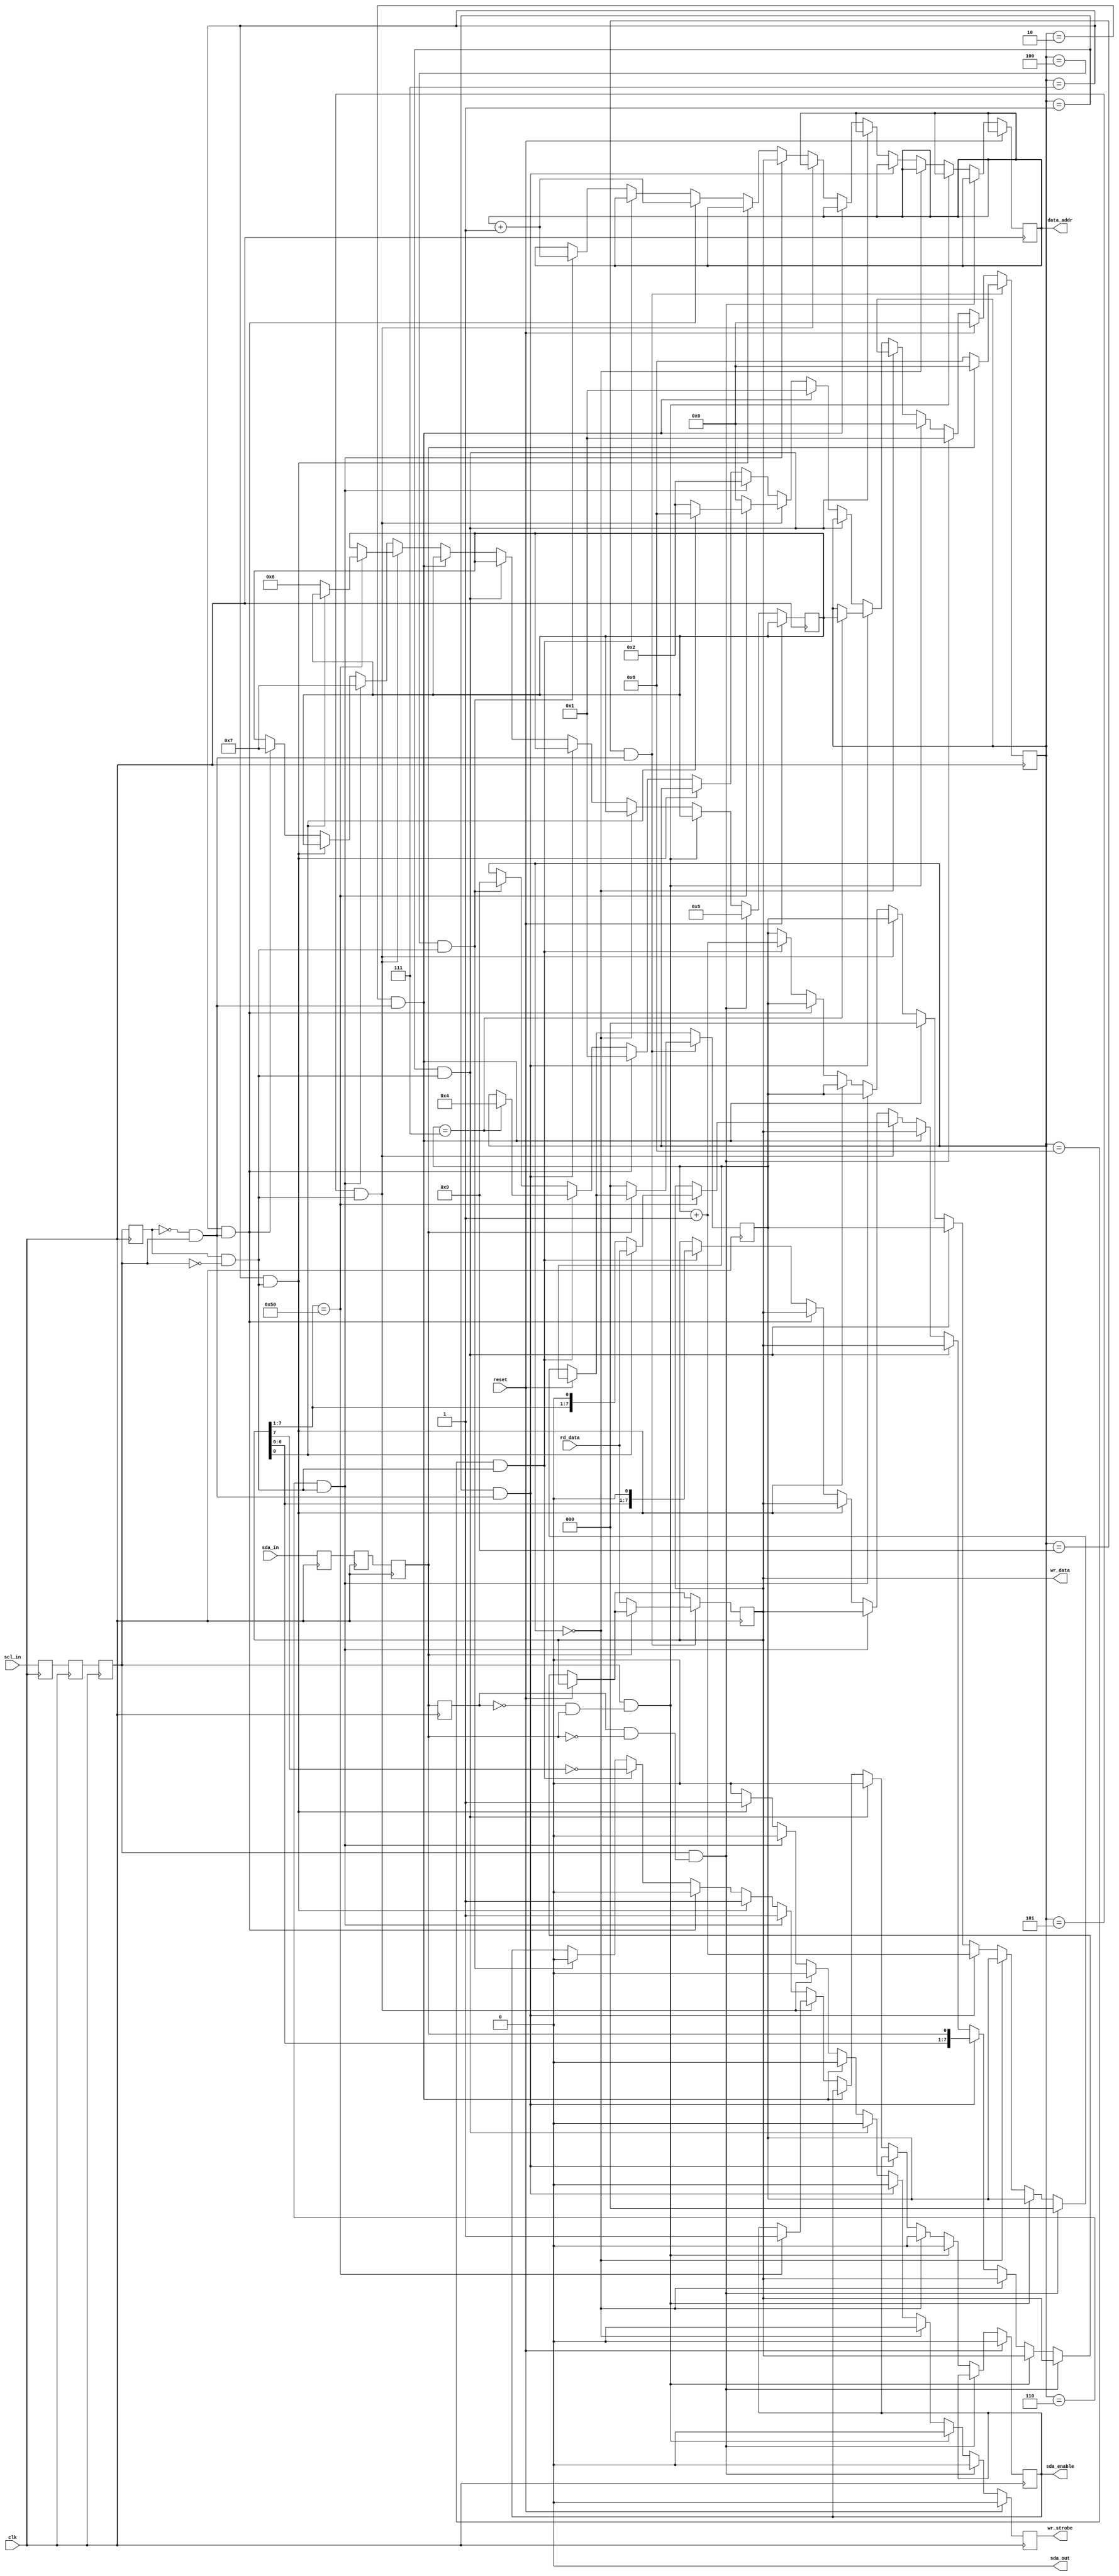
module i2c_device(
	input clk,
	input reset,
	input scl_in,
	input sda_in,
	output sda_out,
	output sda_enable,

	// register interface for reads and writes
	output [7:0] data_addr,
	input [7:0] rd_data,
	output [7:0] wr_data,
	output wr_strobe
);
	parameter DEVICE_ADDR = 7'h50;

	parameter IDLE = 0;
	parameter SHIFT_IN = 1;
	parameter SHIFT_IN_ACK = 2;
	parameter SHIFT_OUT = 3;
	parameter SHIFT_OUT_ACK = 4;
	parameter ADDR_ACK = 5;
	parameter WRITE_ADDR = 6;
	parameter WRITE_DATA = 7;
	parameter READ_DATA = 8;
	parameter READ_ACK = 9;

	reg [3:0] state = IDLE;
	reg [3:0] next_state = IDLE;

	reg sda, sda0, sda1;
	reg scl, scl0, scl1;
	reg last_sda, last_scl;
	
	wire scl_rising  = !last_scl &&  scl;
	wire scl_falling =  last_scl && !scl;
	wire sda_rising  = !last_sda &&  sda;
	wire sda_falling =  last_sda && !sda;

// buffer the SDA and SCL to avoid glitches
// and tracking rising/falling edges
always @(posedge clk)
begin
	last_scl <= scl;
	last_sda <= sda;

	scl <= scl1;
	sda <= sda1;

	scl1 <= scl0;
	sda1 <= sda0;

	sda0 <= sda_in;
	scl0 <= scl_in;
end

reg [2:0] bit_counter;
reg [7:0] shift_reg;
reg [7:0] data_addr;
reg sda_enable = 0;
reg wr_strobe = 0;
assign sda_out = 0; // always pull low
assign wr_data = shift_reg;


always @(posedge clk)
begin
	wr_strobe <= 0;

	if (reset)
	begin
		sda_enable <= 0;
		state <= IDLE;
	end else
	if (scl && sda_falling)
	begin
		// start or restart command -- SDA falls before SCL
		state <= SHIFT_IN;
		next_state <= ADDR_ACK;
		bit_counter <= 0;
	end else
	if (scl && sda_rising)
	begin
		// stop command -- SDA should not change while SCL is high
		state <= IDLE;
		sda_enable <= 0;
	end else
	if (state == IDLE)
	begin
		sda_enable <= 0;
	end else

	/* shift in 8 bits of data, and then hand control to the next state */
	if (state == SHIFT_IN && scl_rising)
	begin
		// bytes are sent MSB first
		shift_reg <= { shift_reg[6:0], sda };
		if (bit_counter == 7)
			state <= next_state;
		bit_counter <= bit_counter + 1;
	end else
	if (state == SHIFT_IN && scl_falling)
	begin
		// release any ACKs that we might hold
		sda_enable <= 0;
	end else
	if (state == SHIFT_IN_ACK && scl_rising)
	begin
		// hold the ack line and start a normal shift in
		// on the next falling edge
		state <= SHIFT_IN;
		bit_counter <= 0;
	end else

	/* check device address; bottom bit is read / !write */
	if (state == ADDR_ACK && scl_falling)
	begin
		if (shift_reg[7:1] == DEVICE_ADDR)
		begin
			// ack that we are handling it
			sda_enable <= 1;

			if (shift_reg[0]) begin
				// read mode, pre-read the current byte
				state <= READ_DATA;
				shift_reg <= rd_data;
			end else begin
				// write mode
				state <= SHIFT_IN_ACK;
				next_state <= WRITE_ADDR;
			end
		end else begin
			// not for us, so go back to idle state
			state <= IDLE;
		end
	end else

	/* write phases */
	if (state == WRITE_ADDR && scl_falling)
	begin
		// this is after a full byte has been received with SHIFT_IN
		// ack that we have received the address
		sda_enable <= 1;

		// store the write address
		data_addr <= shift_reg;

		// start shifting in a data byte
		state <= SHIFT_IN_ACK;
		next_state <= WRITE_DATA;
	end else
	if (state == WRITE_DATA && scl_falling)
	begin
		// this is after a full byte has been received
		// ack the we have received the byte
		// and write it to the address
		sda_enable <= 1;
		wr_strobe <= 1;
	end else
	if (state == WRITE_DATA && scl_rising)
	begin
		// our write ack is done, move to the next address
		// and start shifting in a new byte
		sda_enable <= 0;
		data_addr <= data_addr + 1;
		state <= SHIFT_IN;
		next_state <= WRITE_DATA;
	end else

	/* read phases */
	if (state == READ_DATA && scl_falling)
	begin
		// shift out 8 bits on the *falling edge* so that
		// the data is stable during the high time
		sda_enable = ~shift_reg[7]; // 0 == pull down
		shift_reg <= { shift_reg[6:0], 1'b0 };
		if (bit_counter == 7)
			state <= SHIFT_OUT_ACK;
		bit_counter <= bit_counter + 1;
	end else
	if (state == SHIFT_OUT_ACK && scl_falling)
	begin
		// let the controller send us a ~ACK / NAK on the 9th clock
		sda_enable <= 0;
		state <= READ_ACK;

		// start the read of the next byte
		data_addr <= data_addr + 1;
	end
	if (state == READ_ACK && scl_rising)
	begin
		if (sda)
		begin
			// they NAK'ed us, so we go back to idle
			state <= IDLE;
		end else begin
			// they want more.
			// the next byte should be ready now
			shift_reg <= rd_data;
			state <= READ_DATA;
			bit_counter <= 0;
		end
	end
end
endmodule